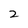
Character: 2